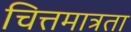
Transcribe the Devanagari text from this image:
चित्तमात्रता